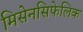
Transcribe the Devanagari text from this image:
मिसेनसिफेलिक